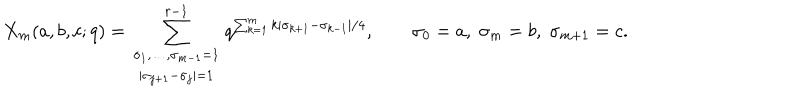
X _ { m } ( a , b , c ; q ) = \sum _ { \begin{array} { c } { { \scriptstyle \sigma _ { 1 } , \ldots , \sigma _ { m - 1 } = 1 } } \\ { { \scriptstyle | \sigma _ { j + 1 } - \sigma _ { j } | = 1 } } \\ \end{array} } ^ { r - 1 } q ^ { \sum _ { k = 1 } ^ { m } k | \sigma _ { k + 1 } - \sigma _ { k - 1 } | / 4 } , \qquad \sigma _ { 0 } = a , \; \sigma _ { m } = b , \; \sigma _ { m + 1 } = c .